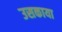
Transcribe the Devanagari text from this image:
उसकाया